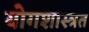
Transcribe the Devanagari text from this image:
योगशास्त्रत